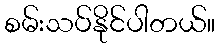
စမ်းသပ်နိုင်ပါတယ်။